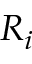
R _ { i }